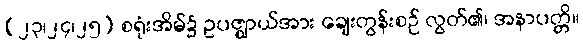
(၂၃၊၂၄၊၂၅) စရုံးအိမ်၌ ဥပဇ္ဈာယ်အား ချေးတွန်းစဉ် လွတ်၏၊ အနာပတ္တိ။